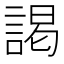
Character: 謁